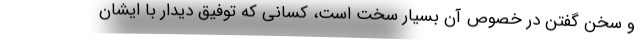
و سخن گفتن در خصوص آن بسیار سخت است، کسانی که توفیق دیدار با ایشان